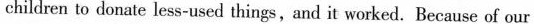
children to donate less-used things, and it worked. Because of our